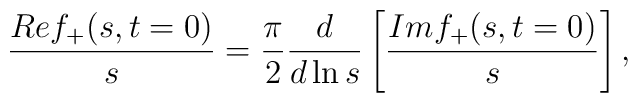
{Ref_{+}(s,t=0) \over s}= \frac{\pi}{2}\frac{d}{d\ln s}\left[{Im f_{+}(s,t=0) \over s}\right],